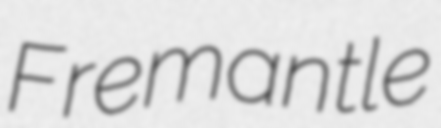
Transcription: Fremantle